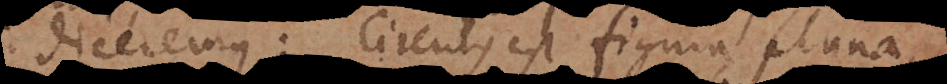
diceremus: Circulus est figura pl